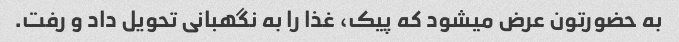
به حضورتون عرض میشود که پیک، غذا را به نگهبانی تحویل داد و رفت.